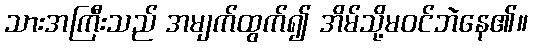
သားအကြီးသည် အမျက်ထွက်၍ အိမ်သို့မဝင်ဘဲနေ၏။